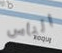
الناس